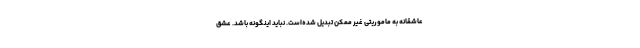
عاشقانه به ماموریتی غیر ممکن تبدیل شده‌است. نباید اینگونه باشد. عشق